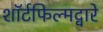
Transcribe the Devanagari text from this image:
शॉर्टफिल्मद्वारे